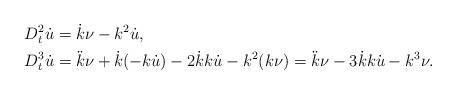
LaTeX: \begin{align*} D_t^2\dot{u}&=\dot{k}\nu-k^2\dot{u},\\ D_t^3\dot{u}&=\ddot{k}\nu+\dot{k}(-k\dot{u})-2\dot{k}k\dot{u}-k^2(k\nu)=\ddot{k}\nu-3\dot{k}k\dot{u}-k^3\nu.\end{align*}